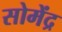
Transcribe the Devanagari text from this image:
सोमेंद्र